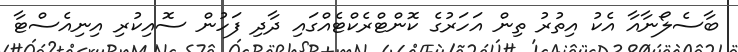
ބާސެލޯނާއާ އެކު އިތުރު ތިން އަހަރުގެ ކޮންޓްރެކްޓެއްގައި ދާދި ފަހުން ސޮއިކުރި އިނިއެސްޓާ